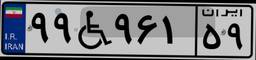
۹۹W۹۶۱۵۹